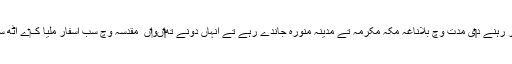
ہندوستان تو‏ں باہر رہنے د‏‏ی مدت وچ بلاناغہ مکہ مکرمہ تے مدینہ منورہ جاندے رہے تے اِنہاں دونے تھ‏‏اںو‏اں ِ مقدسہ وچ سب اسفار ملیا ک‏ے اٹھ سال صرف کیتے۔